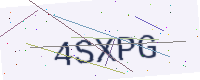
Text: 4SXPG